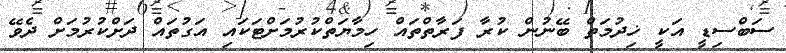
ސަބްސިޑީ އަކީ ޚިދުމަތް ބޭނުން ކުރާ ފަރާތްތައް ހިމާޔަތްކުރުމަށްޓަކައި އަގުތައް ދަށްކުރުމަށް ދެވޭ